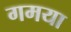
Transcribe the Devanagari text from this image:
गमया